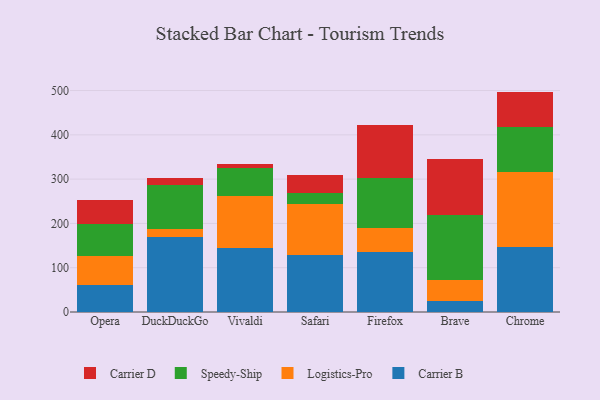
{"axis": {"x": "Browser", "y": "Latency (ms)"}, "legend": ["Carrier B", "Carrier D", "Logistics-Pro", "Speedy-Ship"], "data": [{"x": "Opera", "y": 61.8, "type": "Carrier B"}, {"x": "Opera", "y": 65.2, "type": "Logistics-Pro"}, {"x": "Opera", "y": 70.8, "type": "Speedy-Ship"}, {"x": "Opera", "y": 55.7, "type": "Carrier D"}, {"x": "DuckDuckGo", "y": 168.8, "type": "Carrier B"}, {"x": "DuckDuckGo", "y": 19.3, "type": "Logistics-Pro"}, {"x": "DuckDuckGo", "y": 98.9, "type": "Speedy-Ship"}, {"x": "DuckDuckGo", "y": 16.6, "type": "Carrier D"}, {"x": "Vivaldi", "y": 145.3, "type": "Carrier B"}, {"x": "Vivaldi", "y": 117.1, "type": "Logistics-Pro"}, {"x": "Vivaldi", "y": 63.5, "type": "Speedy-Ship"}, {"x": "Vivaldi", "y": 7.9, "type": "Carrier D"}, {"x": "Safari", "y": 129.7, "type": "Carrier B"}, {"x": "Safari", "y": 113.8, "type": "Logistics-Pro"}, {"x": "Safari", "y": 24.3, "type": "Speedy-Ship"}, {"x": "Safari", "y": 41.9, "type": "Carrier D"}, {"x": "Firefox", "y": 135.8, "type": "Carrier B"}, {"x": "Firefox", "y": 53.9, "type": "Logistics-Pro"}, {"x": "Firefox", "y": 113.0, "type": "Speedy-Ship"}, {"x": "Firefox", "y": 119.1, "type": "Carrier D"}, {"x": "Brave", "y": 23.9, "type": "Carrier B"}, {"x": "Brave", "y": 48.2, "type": "Logistics-Pro"}, {"x": "Brave", "y": 146.5, "type": "Speedy-Ship"}, {"x": "Brave", "y": 126.7, "type": "Carrier D"}, {"x": "Chrome", "y": 145.9, "type": "Carrier B"}, {"x": "Chrome", "y": 170.1, "type": "Logistics-Pro"}, {"x": "Chrome", "y": 101.4, "type": "Speedy-Ship"}, {"x": "Chrome", "y": 80.2, "type": "Carrier D"}]}